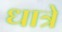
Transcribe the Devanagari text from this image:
धात्रे